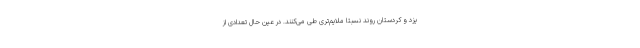
یزد و کردستان روند نسبتا ملایم‌تری طی می‌کنند. در عین حال تعدادی از